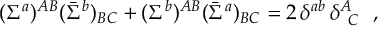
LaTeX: ( \Sigma ^ { a } ) ^ { A B } ( \bar { \Sigma } ^ { b } ) _ { B C } + ( \Sigma ^ { b } ) ^ { A B } ( \bar { \Sigma } ^ { a } ) _ { B C } = 2 \, \delta ^ { a b } \, \delta _ { \, \, \, C } ^ { A } ~ ~ ,